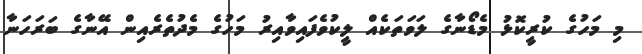
މި މަހުގެ ކުރީކޮޅު މެޑޯނާގެ ލަވަތަކެއް ލީކުވެފައިވާއިރު މަހުގެ މެދުތެރެއިން އޭނާގެ ބަރަހަނާ